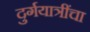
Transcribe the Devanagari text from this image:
दुर्गयात्रींचा